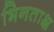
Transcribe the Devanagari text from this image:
भिनताक्ष